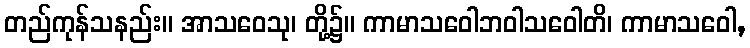
တည်ကုန်သနည်း။ အာသဝေသု၊ တို့၌။ ကာမာသဝေါဘဝါသဝေါတိ၊ ကာမာသဝေါ,